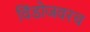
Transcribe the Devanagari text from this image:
विंडोजवरच